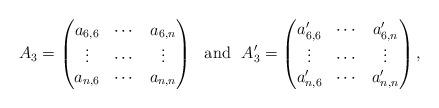
LaTeX: \begin{align*}A_{3}=\begin{pmatrix}a_{6,6} & \cdots &a_{6,n}\\ \vdots & \cdots & \vdots\\ a_{n,6} & \cdots &a_{n,n}\end{pmatrix} \ \textrm{ and }\ A_{3}'=\begin{pmatrix}a_{6,6}' & \cdots &a_{6,n}'\\ \vdots & \cdots & \vdots\\ a_{n,6}' & \cdots &a_{n,n}'\end{pmatrix},\end{align*}